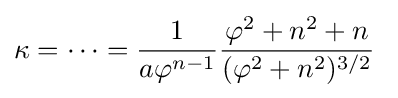
\kappa =\dotsb ={\frac {1}{a\varphi ^{n-1}}}{\frac {\varphi ^{2}+n^{2}+n}{(\varphi ^{2}+n^{2})^{3/2}}}\